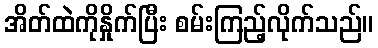
အိတ်ထဲကိုနှိုက်ပြီး စမ်းကြည့်လိုက်သည်။